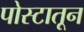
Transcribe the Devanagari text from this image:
पोस्टातून